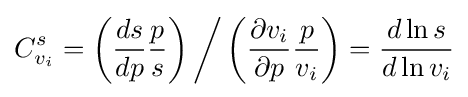
C_{v_{i}}^{s}=\left({\frac {ds}{dp}}{\frac {p}{s}}\right){\bigg /}\left({\frac {\partial v_{i}}{\partial p}}{\frac {p}{v_{i}}}\right)={\frac {d\ln s}{d\ln v_{i}}}